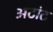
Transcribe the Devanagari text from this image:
अटांट